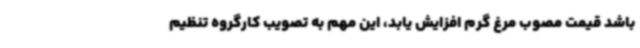
باشد قیمت مصوب مرغ گرم افزایش یابد، این مهم به تصویب کارگروه تنظیم